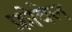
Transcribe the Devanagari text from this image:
फ्रोवेल